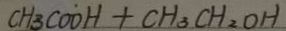
C H _ { 3 } C O O H + C H _ { 3 } C H _ { 2 } O H